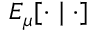
E _ { \mu } [ \cdot \mid \cdot ]